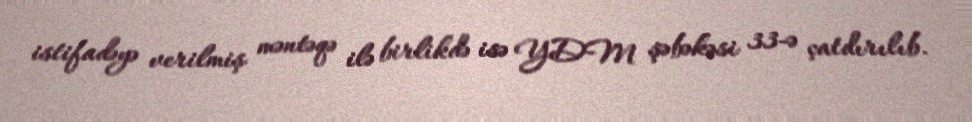
istifadəyə verilmiş məntəqə ilə birlikdə isə YDM şəbəkəsi 33-ə çatdırılıb.